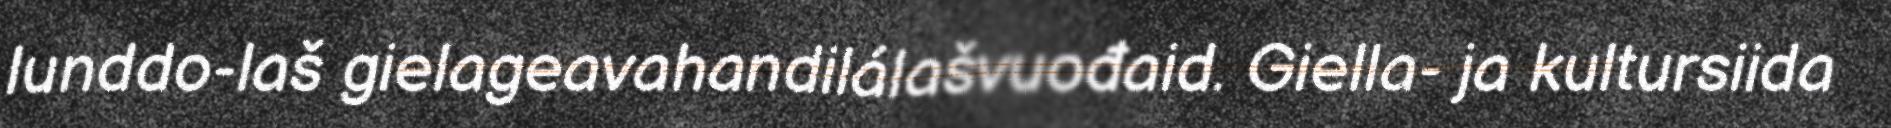
lunddo-laš gielageavahandilálašvuođaid. Giella- ja kultursiida